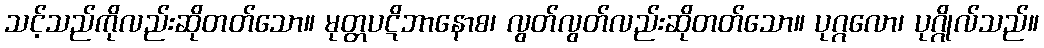
သင့်သည်ကိုလည်းဆိုတတ်သော။ မုတ္တပဋိဘာနောစ၊ လွတ်လွတ်လည်းဆိုတတ်သော။ ပုဂ္ဂလော၊ ပုဂ္ဂိုလ်သည်။